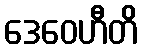
ဒေဝေဟီတိ